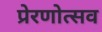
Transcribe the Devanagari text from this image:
प्रेरणोत्सव